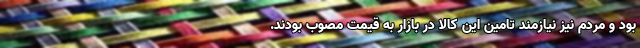
بود و مردم نیز نیازمند تامین این کالا در بازار به قیمت مصوب بودند.